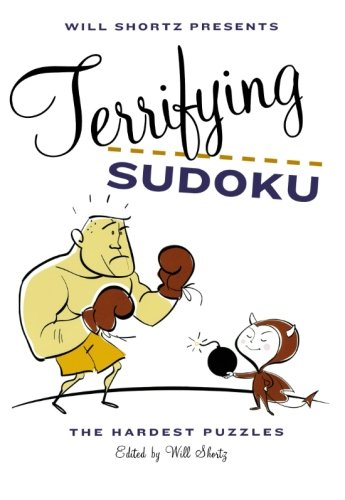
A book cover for Will Shortz Presents Terrifying Sudoku: The Hardest Puzzles; Humor & Entertainment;